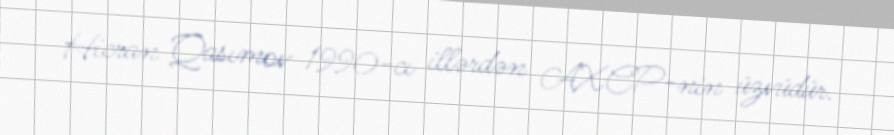
Hicran Qasımov 1990-cı illərdən AXCP-nin üzvüdür.